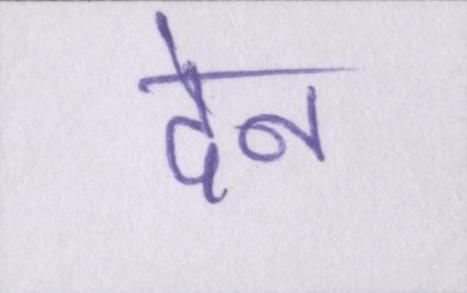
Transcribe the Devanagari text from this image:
देन